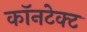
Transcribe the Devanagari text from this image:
कॉनटेक्ट